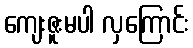
ကျေးဇူးမပါ လှကြောင်း